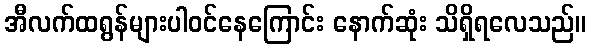
အီလက်ထရွန်များပါဝင်နေကြောင်း နောက်ဆုံး သိရှိရလေသည်။